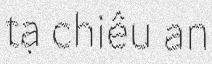
tạ chiêu an